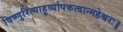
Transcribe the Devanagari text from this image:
विष्णुरित्याहुर्व्यापकत्वान्महेश्वरः॥